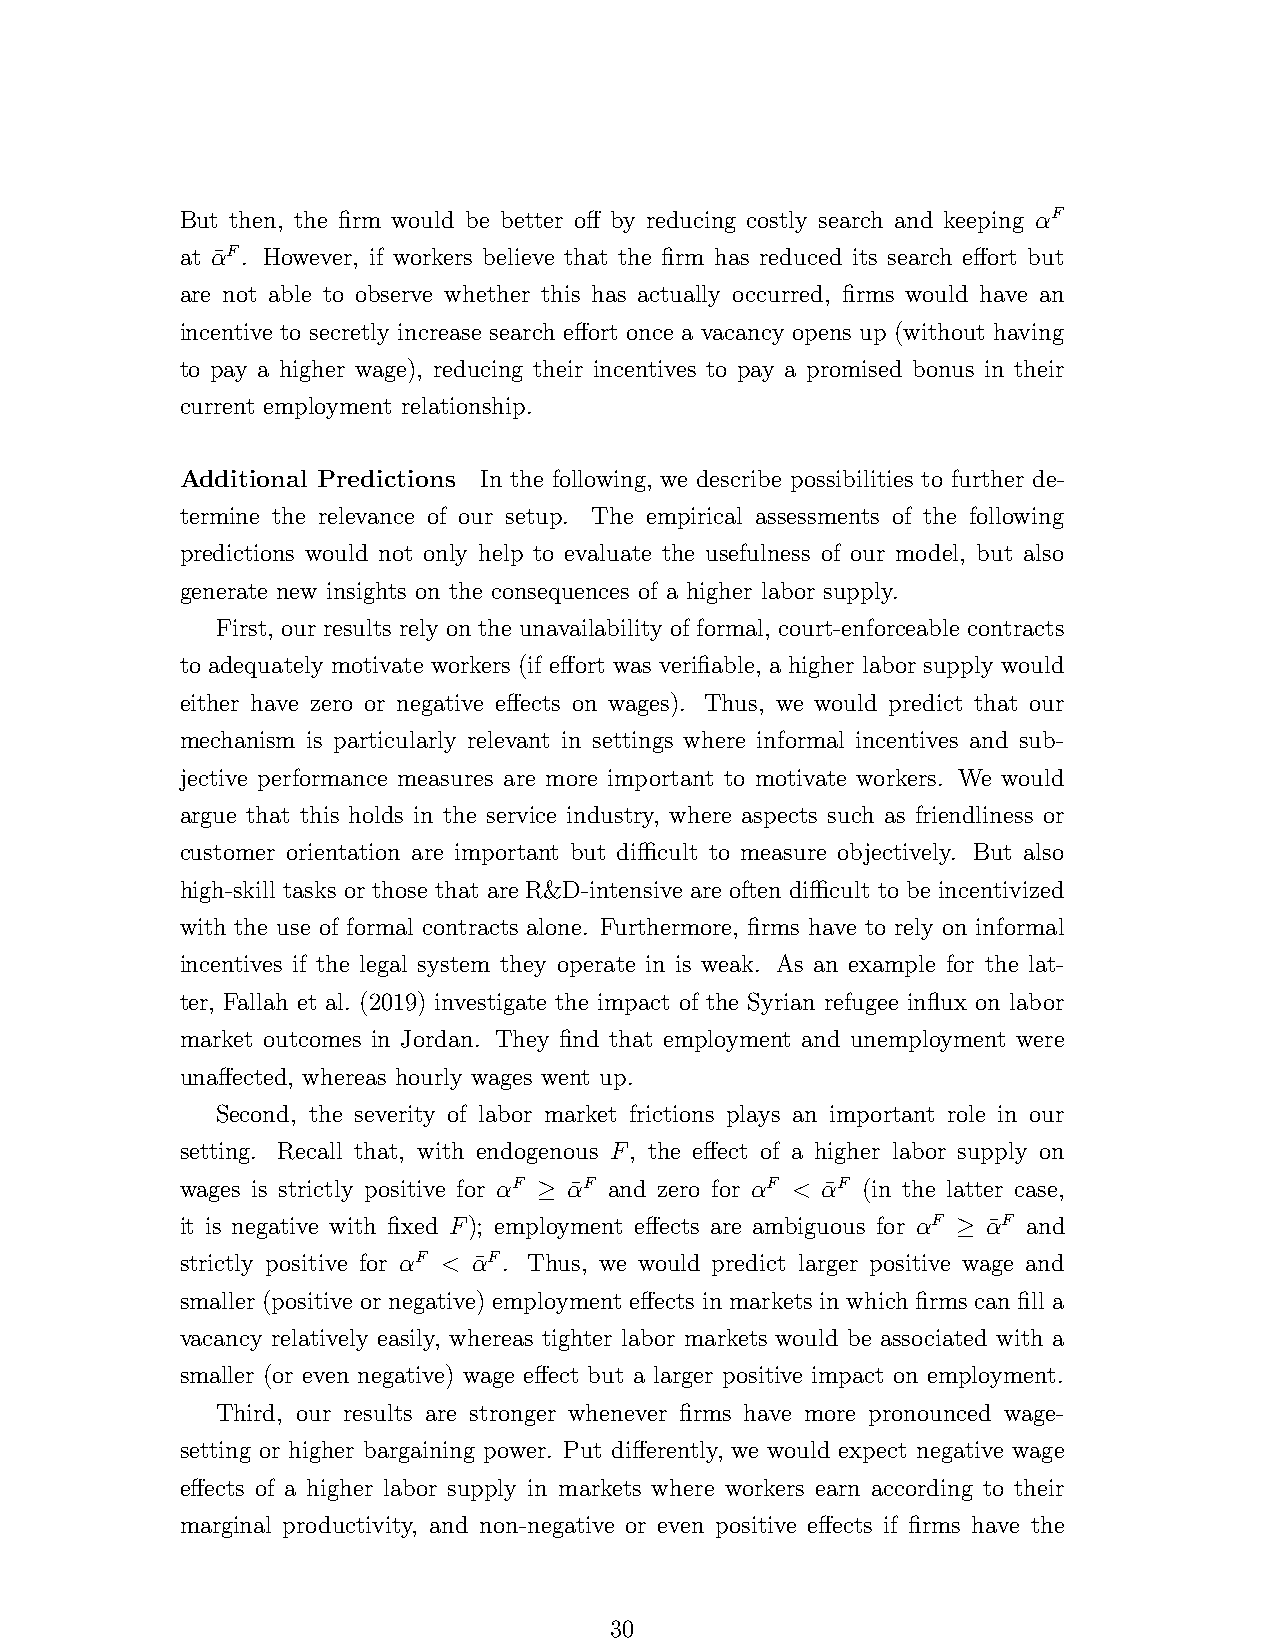
But then, the firm would be better off by reducing costly search and keeping αF
 at α¯F. However, if workers believe that the firm has reduced its search effort but
 are not able to observe whether this has actually occurred, firms would have an
 incentive to secretly increase search effort once a vacancy opens up (without having
 to pay a higher wage), reducing their incentives to pay a promised bonus in their
 current employment relationship.
 Additional Predictions In the following, we describe possibilities to further de-
 termine the relevance of our setup. The empirical assessments of the following
 predictions would not only help to evaluate the usefulness of our model, but also
 generate new insights on the consequences of a higher labor supply.
 First, our results rely on the unavailability of formal, court-enforceable contracts
 to adequately motivate workers (if effort was verifiable, a higher labor supply would
 either have zero or negative effects on wages). Thus, we would predict that our
 mechanism is particularly relevant in settings where informal incentives and sub-
 jective performance measures are more important to motivate workers. We would
 argue that this holds in the service industry, where aspects such as friendliness or
 customer orientation are important but difficult to measure objectively. But also
 high-skill tasks or those that are R&D-intensive are often difficult to be incentivized
 with the use of formal contracts alone. Furthermore, firms have to rely on informal
 incentives if the legal system they operate in is weak. As an example for the lat-
 ter, Fallah et al. (2019) investigate the impact of the Syrian refugee influx on labor
 market outcomes in Jordan. They find that employment and unemployment were
 unaffected, whereas hourly wages went up.
 Second, the severity of labor market frictions plays an important role in our
 setting. Recall that, with endogenous F, the effect of a higher labor supply on
 wages is strictly positive for αF ≥ α¯F and zero for αF < α¯F (in the latter case,
 it is negative with fixed F); employment effects are ambiguous for αF ≥ α¯F and
 strictly positive for αF < α¯F. Thus, we would predict larger positive wage and
 smaller (positive or negative) employment effects in markets in which firms can fill a
 vacancy relatively easily, whereas tighter labor markets would be associated with a
 smaller (or even negative) wage effect but a larger positive impact on employment.
 Third, our results are stronger whenever firms have more pronounced wage-
 setting or higher bargaining power. Put differently, we would expect negative wage
 effects of a higher labor supply in markets where workers earn according to their
 marginal productivity, and non-negative or even positive effects if firms have the
 30